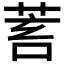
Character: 𦯾